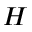
H